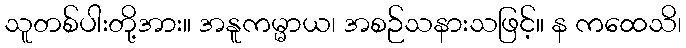
သူတစ်ပါးတို့အား။ အနူကမ္မာယ၊ အစဉ်သနားသဖြင့်။ န ကထေသိ၊